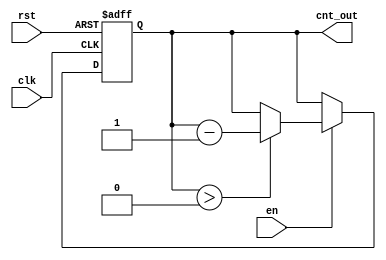
module down_counter_moore #(
    parameter N = 3 // Number of bits for the counter
)(
    input wire clk,      // Clock input
    input wire rst,      // Asynchronous reset
    input wire en,       // Enable signal
    output reg [N-1:0] cnt_out // Current count output
);

// State register
reg [N-1:0] current_state;

// Asynchronous reset and state transition logic
always @(posedge clk or posedge rst) begin
    if (rst) begin
        current_state <= N; // Reset to maximum count (N)
    end else if (en) begin
        if (current_state > 0) begin
            current_state <= current_state - 1; // Decrement the counter
        end
        // If current_state is 0, it remains at 0
    end
end

// Output logic (Moore machine output)
always @(current_state) begin
    cnt_out = current_state; // Output is the current state
end

endmodule